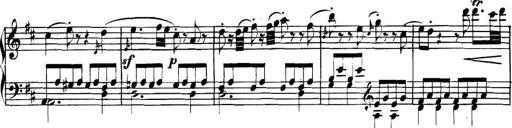
Title: Collected Piano Sonatas
Composer: Muzio Clementi